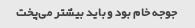
جوجه خام بود و باید بیشتر می‌پخت